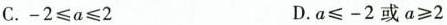
C.$$- 2 ≤ a ≤ 2$$ D.$$a ≤ - 2$$或$$α ≥ 2$$